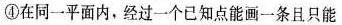
④在同一平面内，经过一个已知点能画一条且只能